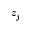
z _ { j }